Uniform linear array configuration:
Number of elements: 48
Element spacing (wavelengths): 0.75
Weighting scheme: kaiser
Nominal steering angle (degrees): -15
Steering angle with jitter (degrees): -14.477
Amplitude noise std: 0.05
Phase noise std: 0.05

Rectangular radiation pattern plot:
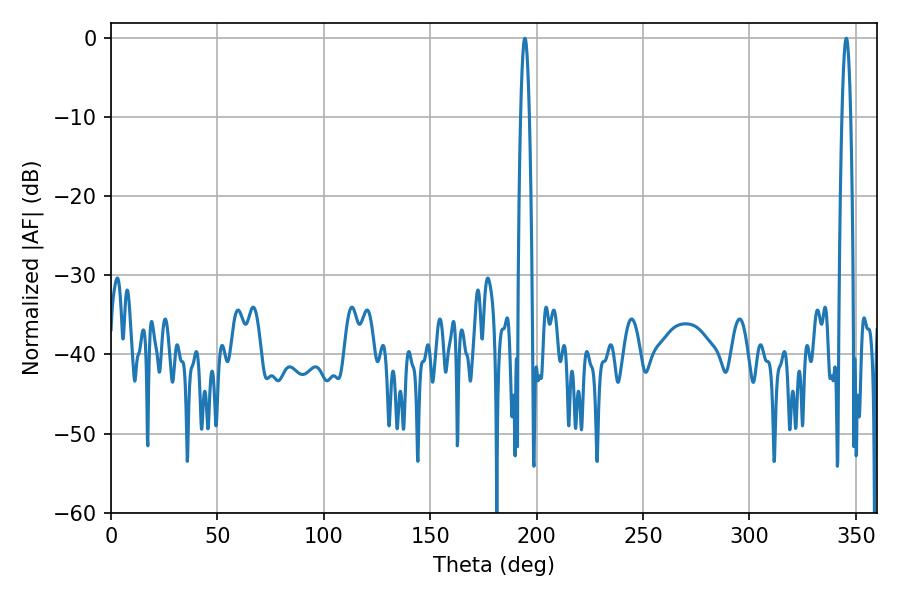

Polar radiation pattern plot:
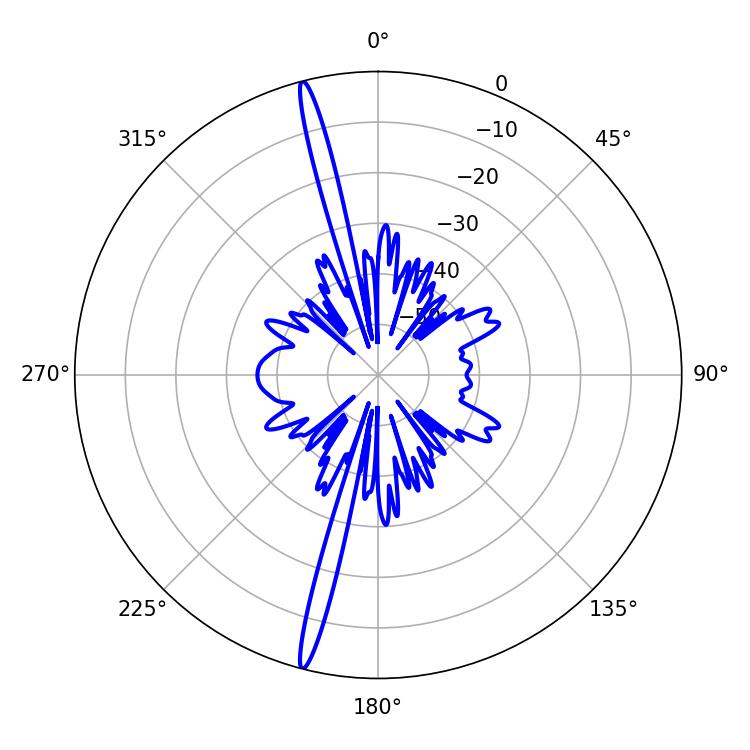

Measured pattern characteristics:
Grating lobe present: TRUE
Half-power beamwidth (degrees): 2.34
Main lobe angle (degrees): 194.4